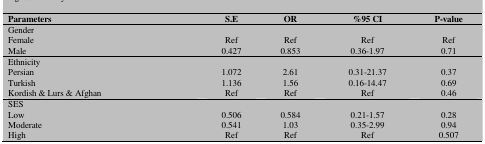
<table><thead><tr><td><b>Parameters</b></td><td><b>S.E</b></td><td><b>OR</b></td><td><b>%95 CI</b></td><td><b>P-value</b></td></tr></thead><tbody><tr><td>Gender Female Male</td><td>Ref 0.427</td><td>Ref 0.853</td><td>Ref 0.36-1.97</td><td>Ref 0.71</td></tr><tr><td>Ethnicity Persian Turkish Kordish &amp; Lurs &amp; Afghan</td><td>1.072 1.136 Ref</td><td>2.61 1.56 Ref</td><td>0.31-21.37 0.16-14.47 Ref</td><td>0.37 0.69 0.46</td></tr><tr><td>SES Low Moderate High</td><td>0.506 0.541 Ref</td><td>0.584 1.03 Ref</td><td>0.21-1.57 0.35-2.99 Ref</td><td>0.28 0.94 0.507</td></tr></tbody></table>